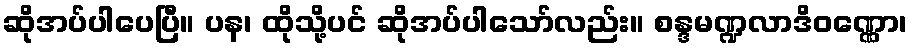
ဆိုအပ်ပါပေပြီ။ ပန၊ ထိုသို့ပင် ဆိုအပ်ပါသော်လည်း။ စန္ဒမဏ္ဍလာဒိဝဏ္ဏော၊